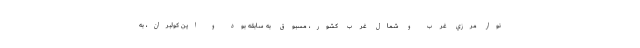
نوار مرزي غرب و شمال غرب كشور، مسبوق به سابقه بود و اين كولبران، به